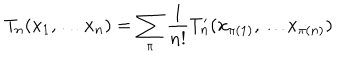
T _ { n } ( x _ { 1 } , \ldots x _ { n } ) = \sum _ { \pi } \frac { 1 } { n ! } T _ { n } ^ { \prime } ( x _ { \pi ( 1 ) } , \ldots x _ { \pi ( n ) } )